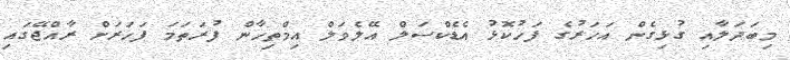
މިބަދަލާއި ގުޅިގެން އަހަރުގެ ފަހުކޮޅު އެޑެކްސަލް އޭލެވަލް އިމްތިހާން ފުރަތަމަ ފަހަރަށް ރާއްޖޭގައި